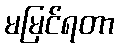
မမြင်ရတာ